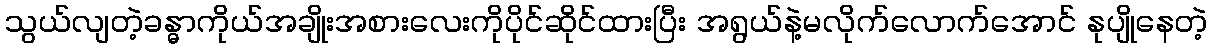
သွယ်လျတဲ့ခန္ဓာကိုယ်အချိုးအစားလေးကိုပိုင်ဆိုင်ထားပြီး အရွယ်နဲ့မလိုက်လောက်အောင် နုပျိုနေတဲ့